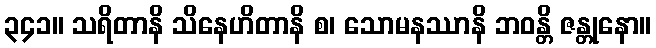
၃၄၁။ သရိတာနိ သိနေဟိတာနိ စ၊ သောမနဿာနိ ဘဝန္တိ ဇန္တုနော။